Vaccination in Burma 1920-1933 - 1920-1933
Year: 1920
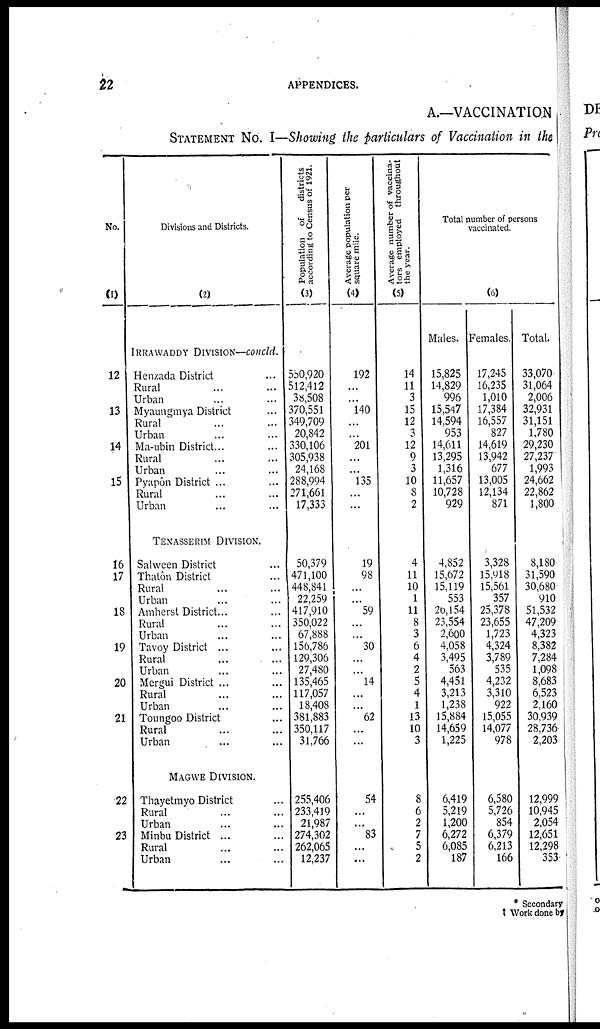
22
APPENDICES.
A.—VACCINATION
STATEMENT No. I—Showing the particulars of Vaccination in the
No.
(1)
12
13
14
15
16
17
18
19
20
21
22
23
Divisions and Districts.
(2)
IRRAWADDY DIVISION—concld.
Henzada District ...
Rural ... ...
Urban ... ...
Myaungmya District ...
Rural ... ...
Urban ... ...
Ma-ubin District... ...
Rural ... ...
Urban ... ...
Pyapôn District ... ...
Rural ... ...
Urban ... ...
TENASSERIM DIVISION.
Salween District ...
Thatôn District ...
Rural ... ...
Urban ... ...
Amherst District... ...
Rural ... ...
Urban ... ...
Tavoy District ... ...
Rural ... ...
Urban ... ...
Mergui District ... ...
Rural ... ...
Urban ... ...
Toungoo District ...
Rural ... ...
Urban ... ...
MAGWE DIVISION.
Thayetmyo District ...
Rural ... ...
Urban ... ...
Minbu District ... ...
Rural ... ...
Urban ... ...
Population of
districts
according to Census of 1921.
(3)
550,920
512,412
38,508
370,551
349,709
20,842
330,106
305,938
24,168
288,994
271,661
17,333
50,379
471,100
448,841
22,259
417,910
350,022
67,888
156,786
129,306
27,480
135,465
117,057
18,408
381,883
350,117
31,766
255,406
233,419
21,987
274,302
262,065
12,237
Average population per
square mile.
(4)
192
...
...
140
...
...
201
...
...
135
...
...
19
98
...
...
59
...
...
30
...
...
14
...
...
62
...
...
54
...
...
83
...
...
Average number of vaccina-
tors employed throughout
the year.
(5)
14
11
3
15
12
3
12
9
3
10
8
2
4
11
10
1
11
8
3
6
4
2
5
4
1
13
10
3
8
6
2
7
5
2
Total number of persons
vaccinated.
(6)
Males.
15,825
14,829
996
15,547
14,594
953
14,611
13,295
1,316
11,657
10,728
929
4,852
15,672
15,119
553
26,154
23,554
2,600
4,058
3,495
563
4,451
3,213
1,238
15,884
14,659
1,225
6,419
5,219
1,200
6,272
6,085
187
Females.
17,245
16,235
1,010
17,384
16,557
827
14,619
13,942
677
13,005
12,134
871
3,328
15,918
15,561
357
25,378
23,655
1,723
4,324
3,789
535
4,232
3,310
922
15,055
14,077
978
6,580
5,726
854
6,379
6,213
166
Total.
33,070
31,064
2,006
32,931
31,151
1,780
29,230
27,237
1,993
24,662
22,862
1,800
8,180
31,590
30,680
910
51,532
47,209
4,323
8,382
7,284
1,098
8,683
6,523
2,160
30,939
28,736
2,203
12,999
10,945
2,054
12,651
12,298
353
* Secondary
† Work done by